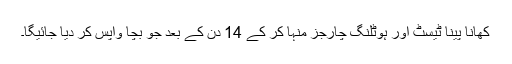
کھانا پینا ٹیسٹ اور ہوٹلنگ چارجز منہا کر کے 14 دن کے بعد جو بچا واپس کر دیا جائیگا۔